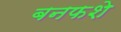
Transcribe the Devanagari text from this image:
बनफशे